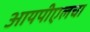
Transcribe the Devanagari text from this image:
आयपीएलचा